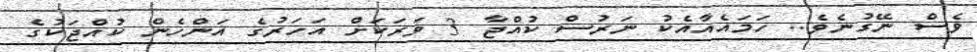
ވެސް ނޭގުނެވެ.. ހަމައެއާއެކު ނަރުސް ކުއްޖާ 3 ވަރަކަށް އަހަރުގެ އަންހެން ކުއްޖަކުގެ